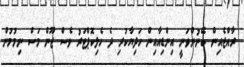
ރާއްޖެއިން ބޭނުންވަނީ އިންޑިއާއިން ހަދިޔާކުރި ދެ ހެލިކޮޕްޓަރު ވެސް ޖޫން މަސް ނިމުމުން